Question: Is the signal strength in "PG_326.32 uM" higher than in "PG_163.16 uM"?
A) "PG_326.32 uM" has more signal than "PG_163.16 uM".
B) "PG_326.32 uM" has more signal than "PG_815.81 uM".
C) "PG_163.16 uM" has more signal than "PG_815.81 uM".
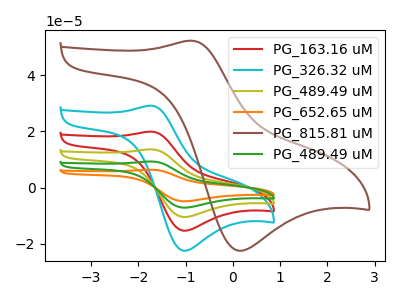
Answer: <think>The red curve "PG_163.16 uM" has an anodic peak at (-1.75V, 19.90uA) and a cathodic peak at (-1.05V, -15.35uA). The cyan curve "PG_326.32 uM" has an anodic peak at (-1.75V, 29.10uA) and a cathodic peak at (-1.05V, -22.50uA). The olive curve "PG_489.49 uM" has an anodic peak at (-1.75V, 39.75uA) and a cathodic peak at (-1.05V, -30.70uA). The orange curve "PG_652.65 uM" has an anodic peak at (-1.75V, 79.55uA) and a cathodic peak at (-1.05V, -61.40uA). The brown curve "PG_815.81 uM" has an anodic peak at (-0.90V, 52.25uA) and a cathodic peak at (0.10V, -22.45uA). The green curve "PG_489.49 uM" has an anodic peak at (-1.75V, 59.65uA) and a cathodic peak at (-1.05V, -46.05uA).
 All the peaks in "PG_326.32 uM" have a peak in "PG_163.16 uM" at the same potential. Every peak in "PG_326.32 uM" is higher than every peak in "PG_163.16 uM".</think>
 <answer>A) "PG_326.32 uM" has more signal than "PG_163.16 uM".</answer>
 <eval>A</eval>